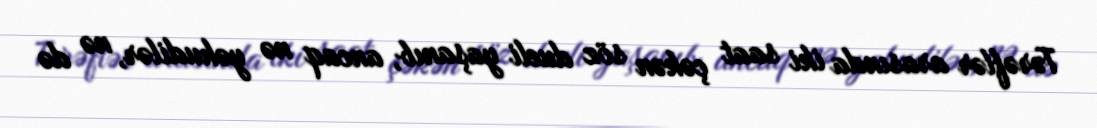
Tərəflər arasında iki saat çəkən söz dueli yaşanıb, ancaq nə yəhudilər, nə də